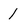
Character: l